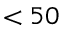
< 5 0